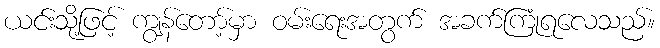
ယင်းသို့ဖြင့် ကျွန်တော့်မှာ ဝမ်းရေးအတွက် အခက်ကြုံရလေသည်။